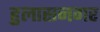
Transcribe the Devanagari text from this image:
हुलासनगर